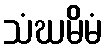
သံဃမိမံ